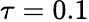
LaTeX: \tau=0.1